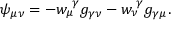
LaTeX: \psi _ { \mu \nu } = - w _ { \mu } ^ { \, \, \gamma } g _ { \gamma \nu } - w _ { \nu } ^ { \, \, \gamma } g _ { \gamma \mu } .